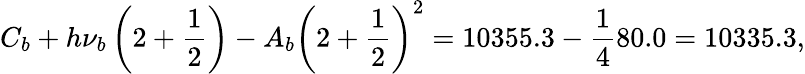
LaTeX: C_{b}+h\nu_{b}\left(2+\frac{1}{2}\right)-A_{b}\left(2+\frac{1}{2}\right)^{2}=10355.3-\frac{1}{4}80.0=10335.3,